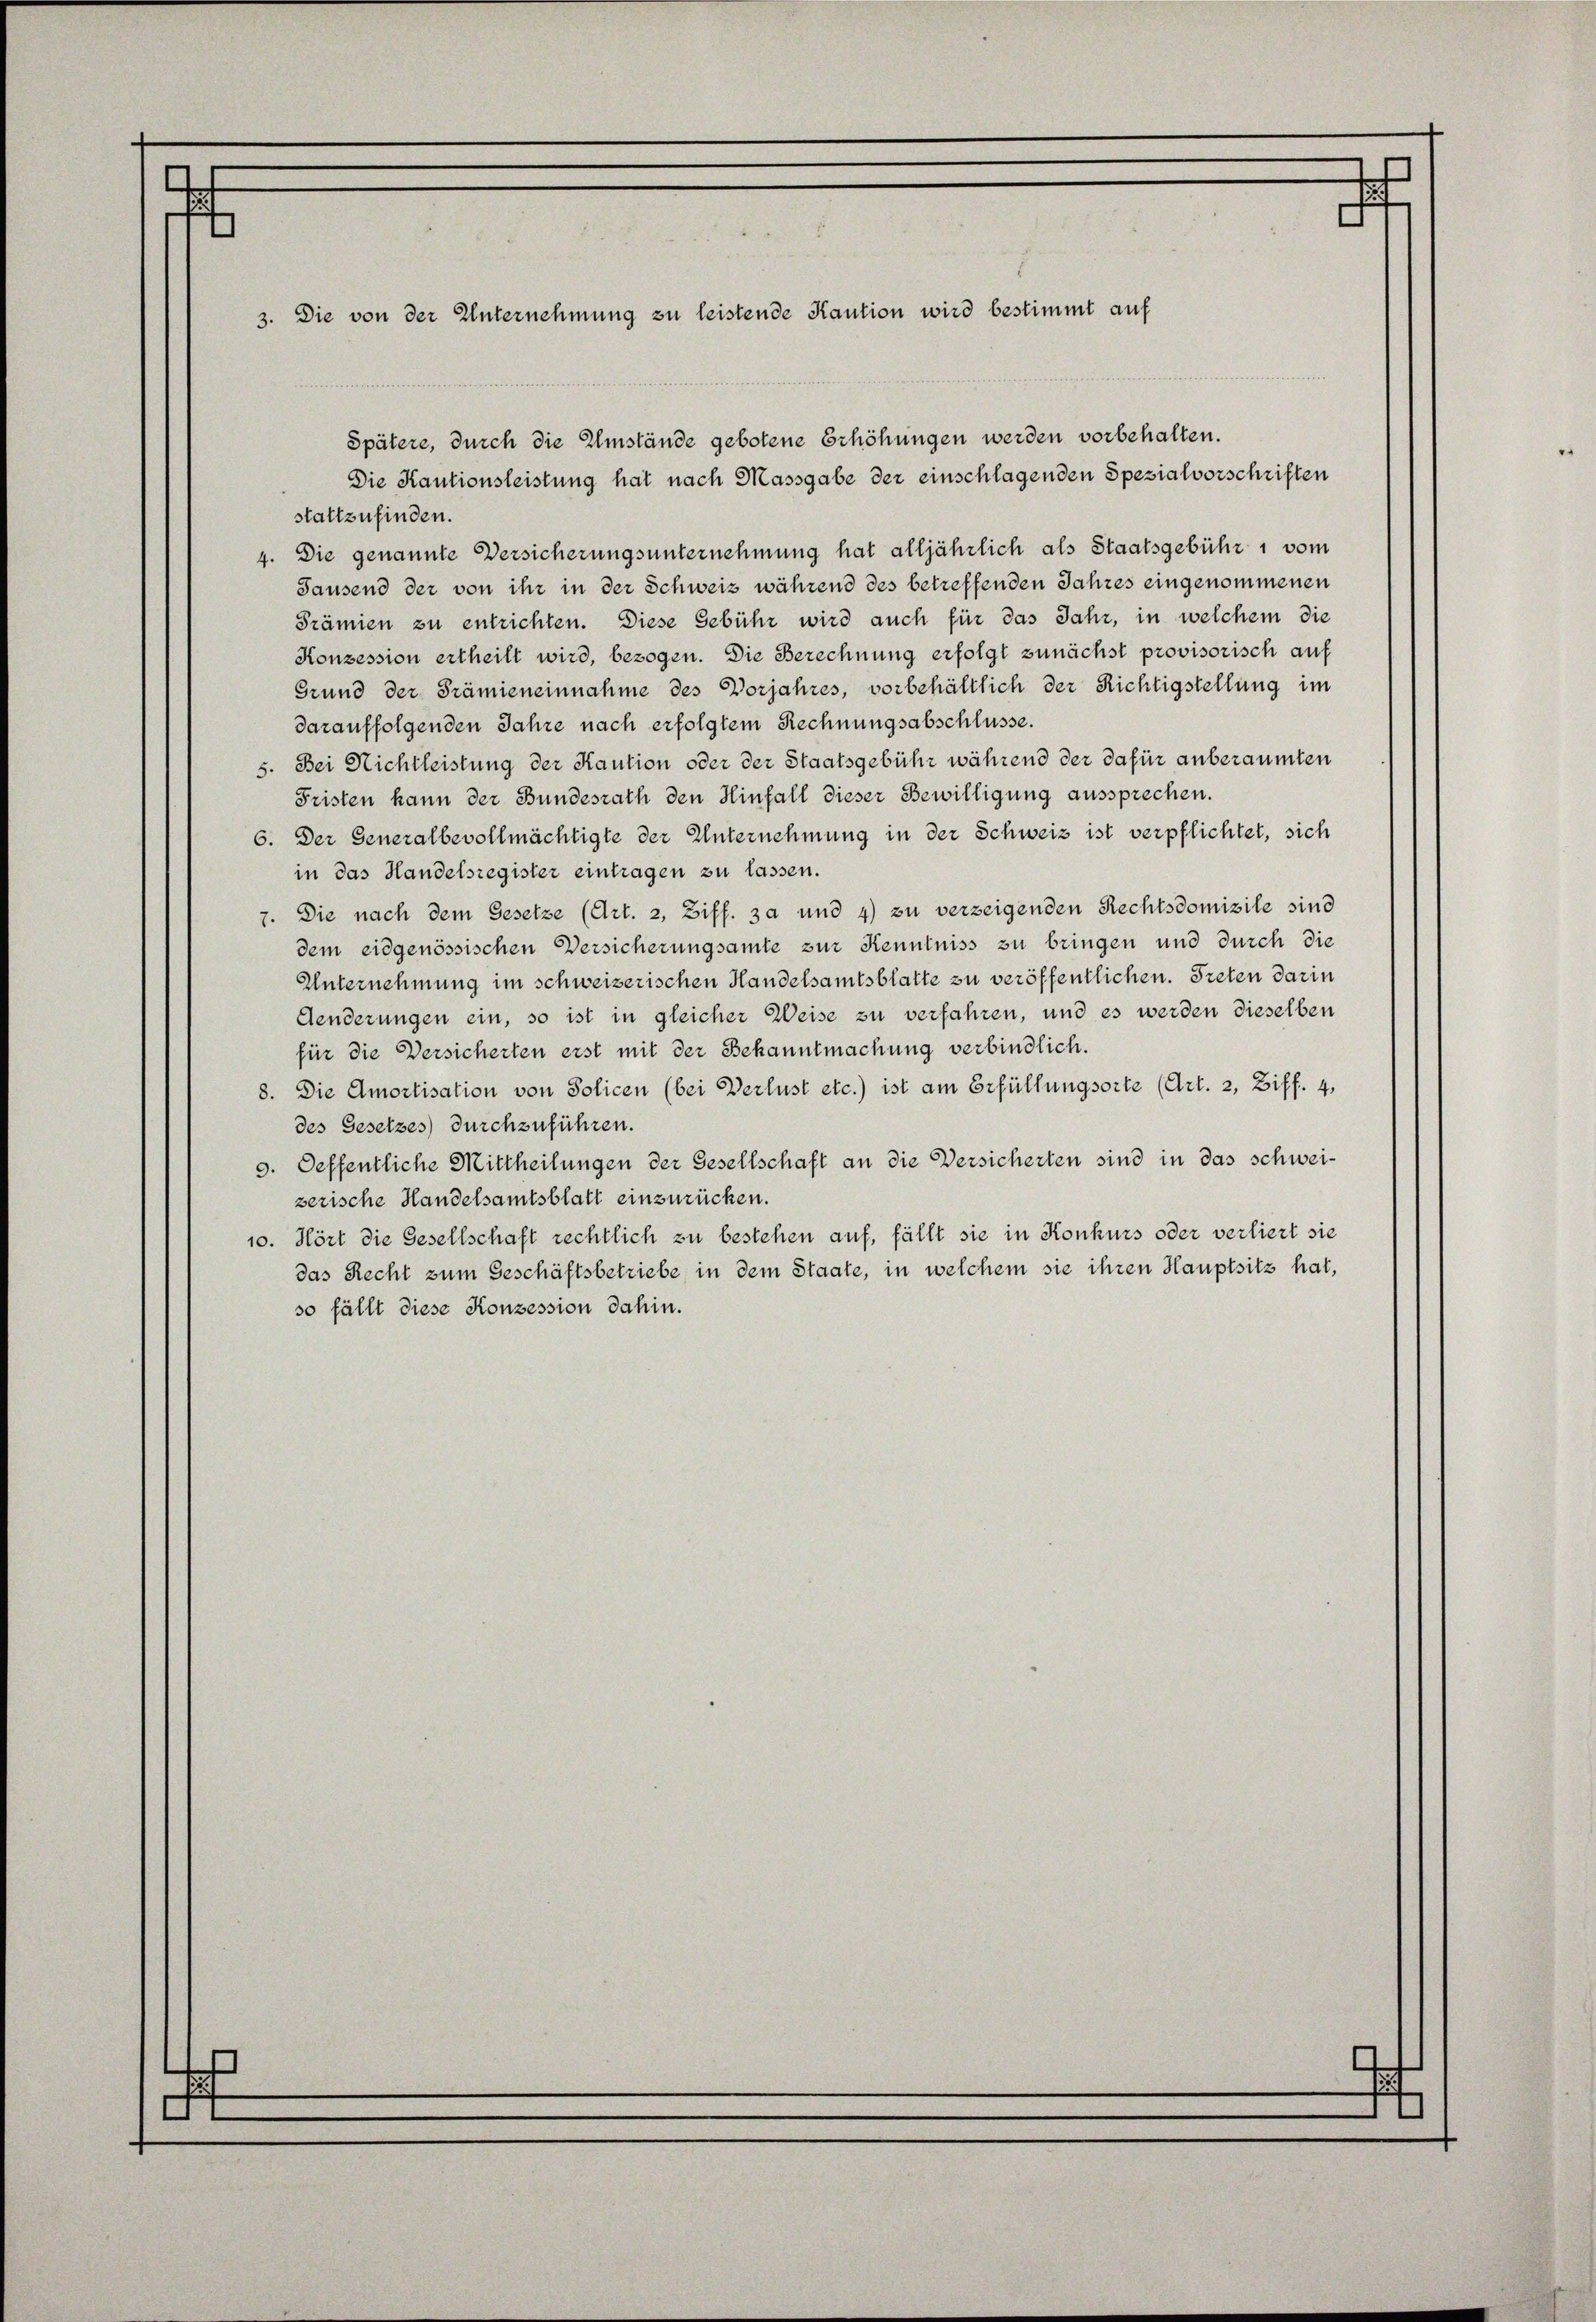
Die Kautionsleistung hat nach Massgabe der einschlagenden Spezialvorschriften
stattzufinden.
4. Die genannte Versicherungsunternehmung hat alljährlich als Staatsgebühr, vom
Sausend der von ihr in der Schweiz während des betreffenden Jahres eingenommenen
Prämien zu entrichten. Diese Gebühr wird auch für das Jahr, in welchem die
Konzession ertheilt wird, bezogen. Die Berechnung erfolgt zunächst provisorisch auf
Grund der Prämieneinnahme des Vorjahres, vorbehältlich der Richtigstellung im
darauffolgenden Jahre nach erfolgtem Rechnungsabschlüsse.
5. Bei Nichtleistung der Kaution oder der Staatsgebühr während der dafür anberaumten
Fristen kann der Bundesrath den Hinfall dieser Bewilligung aussprechen.
6. Der Generalbevollmächtigte der Unternehmung in der Schweiz ist verpflichtet, sich
in das Handelsregister eintragen zu lassen.
7. Die nach dem Gesetze (Art. 2, Ziff. 3 und 4) zu verzeigenden Rechtsdomizile sind
dem eidgenössischen Versicherungsamte zur Kenntniss zu bringen und durch die
Unternehmung im schweizerischen Handelsamtsblatte zu veröffentlichen. Treten darin
Aenderungen ein, so ist in gleicher Weise zu verfahren, und es werden dieselben
für die Versicherten erst mit der Bekanntmachung verbindlich.
8. Die Amortisation von Policen (bei Verlust etc.) ist am Erfüllungsorte (Art. 2, Ziff. 4,
des Gesetzes) durchzuführen.
9. Oeffentliche Mittheilungen der Gesellschaft an die Versicherten sind in das schweizerische Handelsamtsblatt einzurücken.
10. Hört die Gesellschaft rechtlich zu bestehen auf, fällt sie in Konkurs oder verliert sie
das Recht zum Geschäftsbetriebe in dem Staate, in welchem sie ihren Hauptsitz hat,
so fällt diese Konzession dahin.

Die von der Unternehmung zu leistende Kaution wird bestimmt auf

Spätere, durch die Umstände gebotene Erhöhungen werden vorbehalten.